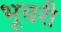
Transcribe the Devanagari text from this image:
भूचरी